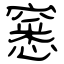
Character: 窸